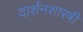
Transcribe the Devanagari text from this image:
दार्शनशास्त्री